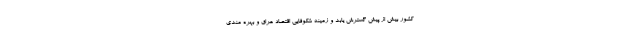
کشور بیش از پیش گسترش یابد و زمینه شکوفایی اقتصاد عراق و بهره مندی